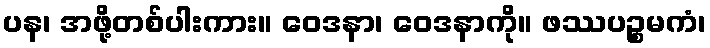
ပန၊ အဖို့တစ်ပါးကား။ ဝေဒနာ၊ ဝေဒနာကို။ ဖဿပဉ္စမကံ၊